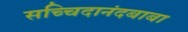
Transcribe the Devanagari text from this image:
सच्चिदानंदबाबा